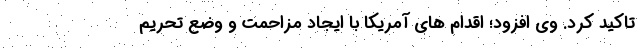
تاکید کرد. وی افزود؛ اقدام های آمریکا با ایجاد مزاحمت و وضع تحریم